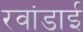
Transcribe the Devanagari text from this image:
रवांडाई